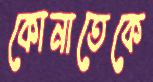
কোনাতেকে